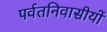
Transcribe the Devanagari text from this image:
पर्वतनिवासीयों